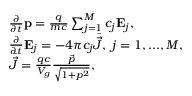
\begin{array} { r l } & { \frac { \partial } { \partial t } \mathbf { p } = \frac { q } { m c } \sum _ { j = 1 } ^ { M } c _ { j } \mathbf { E } _ { j } , } \\ & { \frac { \partial } { \partial t } \mathbf { E } _ { j } = - 4 \pi c _ { j } \bar { \vec { J } } , \ j = 1 , . . . , M , } \\ & { \bar { \vec { J } } = \frac { q c } { V _ { g } } \frac { \vec { p } } { \sqrt { 1 + p ^ { 2 } } } , } \end{array}